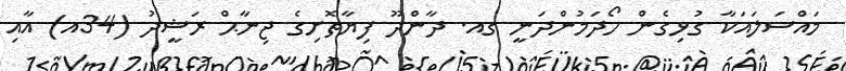
މައްސަލައަކާ ގުޅިގެން ހޯދަމުންދަނީ ގއ. ދާންދޫ ފިޔާތޮށިގެ ޖިނާޙް ރަޝީދު (34އ) އާއި